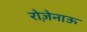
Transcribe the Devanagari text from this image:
रोज़ेनाऊ